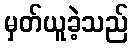
မှတ်ယူခဲ့သည်